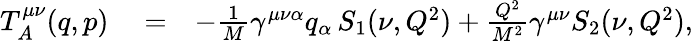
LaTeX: \begin{array}{rlr}{T_{A}^{\mu\nu}(q,p)}&{{}=}&{-\frac{1}{M}\gamma^{\mu\nu\alpha}q_{\alpha}\, S_{1}(\nu,Q^{2})+\frac{Q^{2}}{M^{2}}\gamma^{\mu\nu}S_{2}(\nu,Q^{2}),}\end{array}